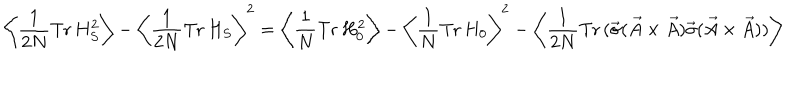
\left\langle \frac { 1 } { 2 N } \mathrm { T r } \, H _ { S } ^ { 2 } \right\rangle - \left\langle \frac { 1 } { 2 N } \mathrm { T r } \, H _ { S } \right\rangle ^ { 2 } = \left\langle \frac { 1 } { N } \mathrm { T r } \, H _ { 0 } ^ { 2 } \right\rangle - \left\langle \frac { 1 } { N } \mathrm { T r } \, H _ { 0 } \right\rangle ^ { 2 } - \left\langle \frac { 1 } { 2 N } \mathrm { T r } \, ( \vec { \sigma } ( \vec { A } \times \vec { A } ) \vec { \sigma } ( \vec { A } \times \vec { A } ) ) \right\rangle